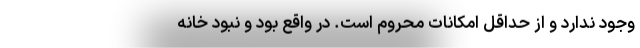
وجود ندارد و از حداقل امکانات محروم است. در واقع بود و نبود خانه